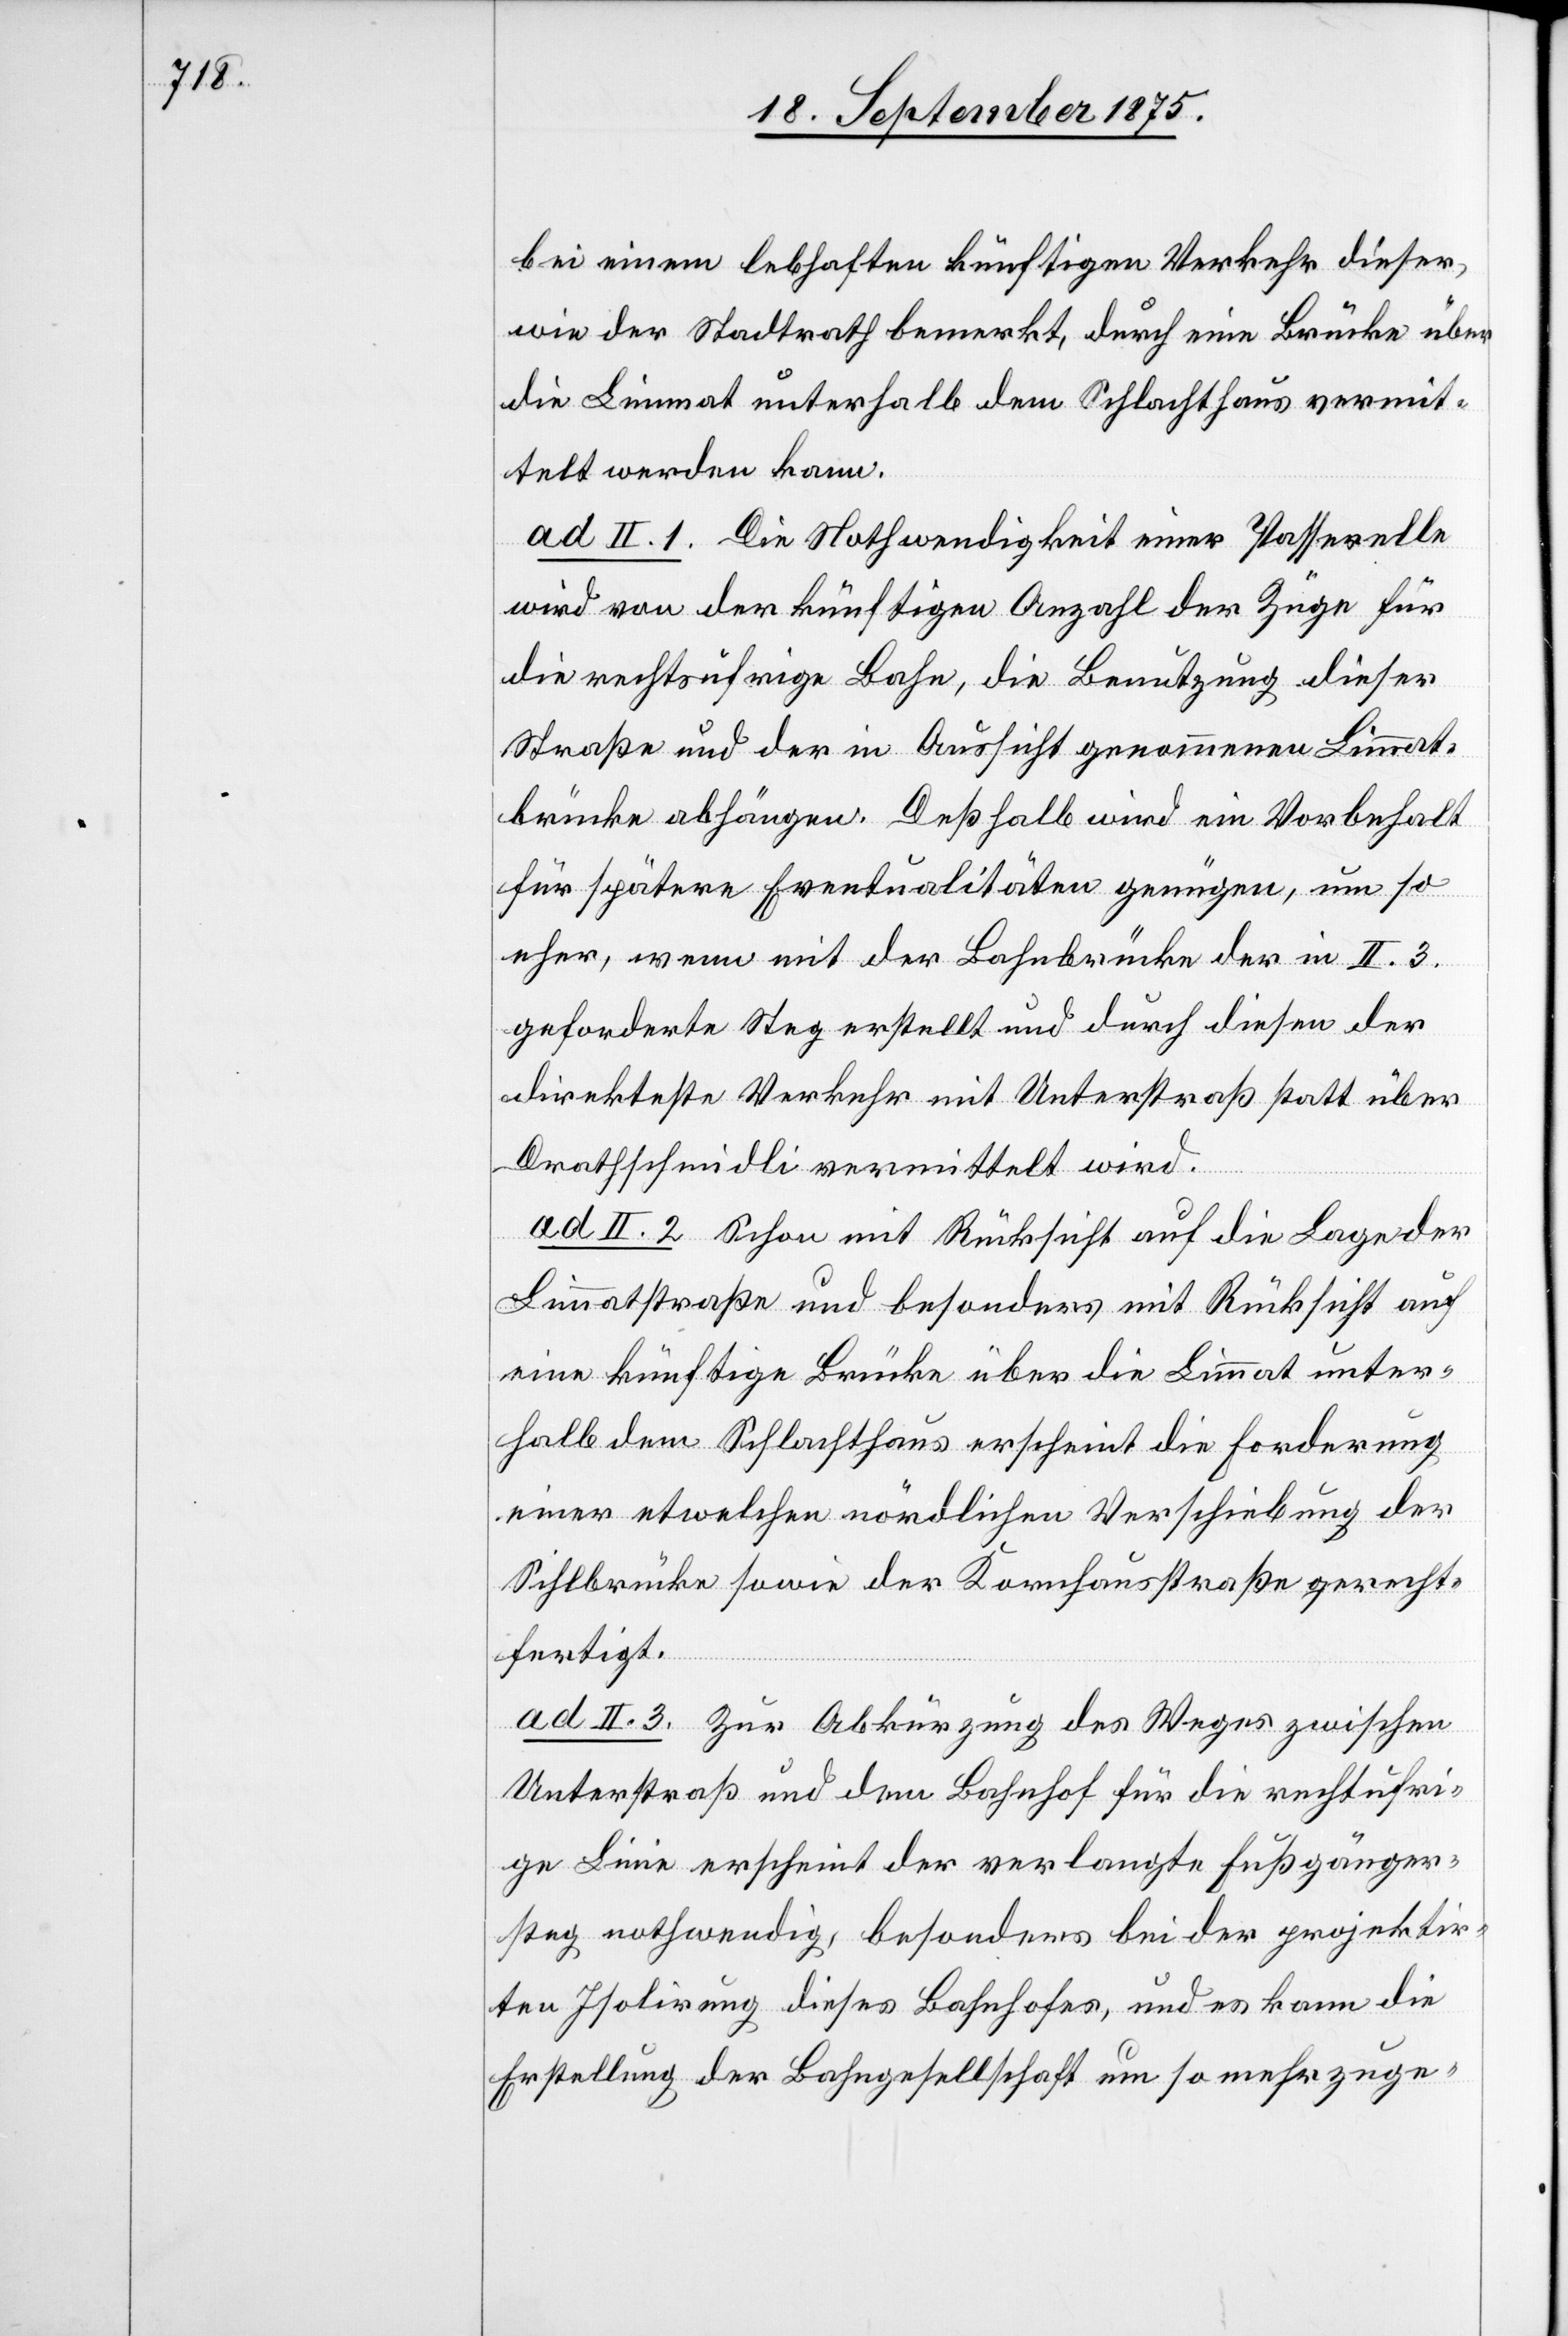
bei einem lebhaften künftigen Verkehr dieser,
wie der Stadtrath bemerkt, durch eine Brücke über
die Limmat unterhalb dem Schlachthaus vermit¬
telt werden kann.
ad II. 1. Die Nothwendigkeit einer Passerelle
wird von der künftigen Anzahl der Züge für
die rechtsufrige Bahn, die Benutzung dieser
Straße und der in Aussicht genommenen Limmat¬
brücke abhängen. Deßhalb wird ein Vorbehalt
für spätere Eventualitäten genügen, um so
eher, wenn mit der Bahnbrücke der in II. 3.
geforderte Steg erstellt und durch diesen der
direkteste Verkehr mit Unterstraß statt über
Drathschmidli vermittelt wird.
ad II. 2. Schon mit Rücksicht auf die Lage der
Limmatstraße und besonders mit Rücksicht auf
eine künftige Brücke über die Limmat unter¬
halb dem Schlachthaus erscheint die Forderung
einer etwelchen nördlichen Verschiebung der
Sihlbrücke sowie der Kornhausstraße gerecht¬
fertigt.
ad II. 3. Zur Abkürzung des Weges zwischen
Unterstraß und dem Bahnhof für die rechtufri¬
ge Linie erscheint der verlangte Fußgänger¬
steg nothwendig, besonders bei der projektir¬
ten Isolirung dieses Bahnhofes, und es kann die
Erstellung der Bahngesellschaft um so mehr zuge-